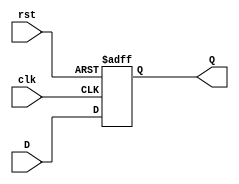
`timescale 1ns / 1ps
//////////////////////////////////////////////////////////////////////////////////
// Company: 
// Engineer: 
// 
// Design Name: 
// Module Name: dff2
// Project Name: 
// Target Devices: 
// Tool Versions: 
// Description: 
// 
// Dependencies: 
// 
// Revision:
// Revision 0.01 - File Created
// Additional Comments:
// 
//////////////////////////////////////////////////////////////////////////////////


module dff2(
    input D,
    input clk,
    input rst,
    output reg Q
    );
   
  always @(posedge clk, negedge rst) 
    begin
    if(rst==0)
        Q<=0;
    else 
        Q<=D; 
    end 
endmodule